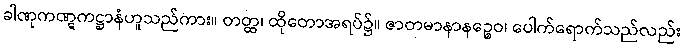
ခါဏုကဏ္ဋကဋ္ဌာနံဟူသည်ကား။ တတ္ထ၊ ထိုတောအရပ်၌။ ဇာတမာနာနဉ္စေဝ၊ ပေါက်ရောက်သည်လည်း